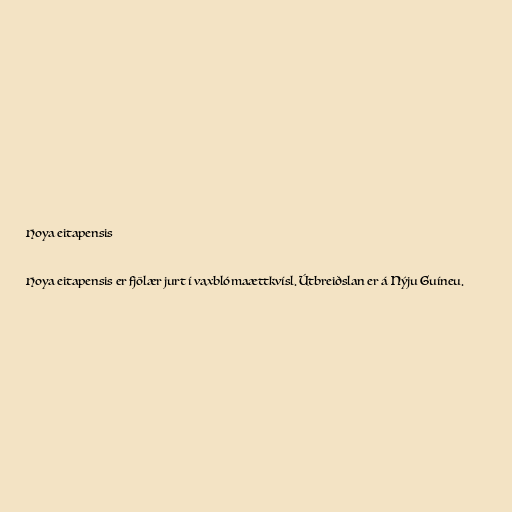
Hoya eitapensis

Hoya eitapensis er fjölær jurt í vaxblómaættkvísl. Útbreiðslan er á Nýju Guíneu.